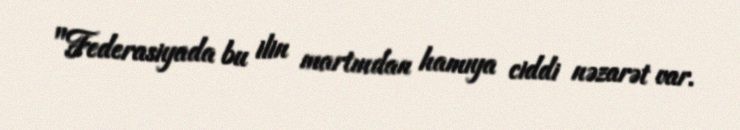
"Federasiyada bu ilin martından hamıya ciddi nəzarət var.